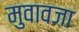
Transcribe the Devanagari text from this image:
मुवावजा